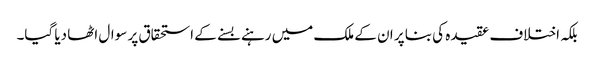
بلکہ اختلاف عقیدہ کی بنا پر ان کے ملک میں رہنے بسنے کے استحقاق پر سوال اٹھا دیا گیا۔